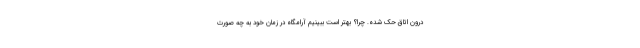
درون اتاق حک شده. چرا؟ بهتر است ببینیم آرامگاه در زمان خود به چه صورت